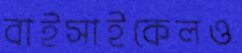
বাইসাইকেলও